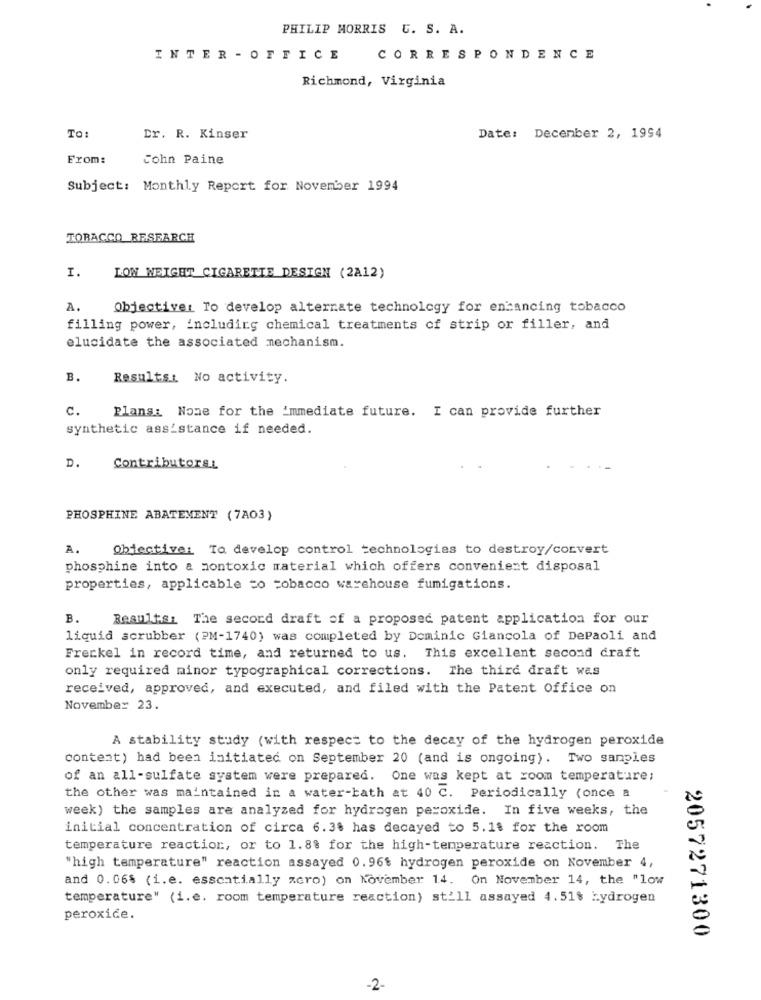
PHILIP MORRIS C. S. A.
INTER - OFFICE CORRESPONDENCE
Richmond, Virginia
To:
Dr. R. Kinser
Date: December 2, 1994
From:
John Paine
Subject: Monthly Report for November 1994
TOBACCO RESEARCH
I.
LON NEIGHT CIGARETTE DESIGN (2A12)
A.
Objectiver To develop alternate technology for enhancing tobacco
filling power, including chemical treatments of strip or filler, and
elucidate the associated mechanism.
B.
Results: No activity.
c.
Plans: Nome for the immediate future. I can provide further
synthetic assistance if needed.
D.
ContributorsL
PHOSPHINE ABATEMENT (7A03)
Objective: To develop control technologies to destroy/convert
A.
phosphine into a nontoxic material which offers convenient disposal
properties, applicable to tobacco warehouse fumigations.
B.
Resultsi The second draft of a proposed patent application for our
liquid scrubber (PM-1740) was completed by Dominic Giancola of DePaoli and
Freckel in record time, and returned to us. This excellent second draft
only required minor typographical corrections. The third draft was
received, approved, and executed, and filed with the Patent Office on
November 23.
A stability study (with respect to the decay of the hydrogen peroxide
content) had been initiated on September 20 (and is ongoing). Two samples
of an all-sulfate system were prepared. One was kept at room temperature;
the other was maintained in a water-bath at 40 C. Periodically (once a
week) the samples are analyzed for hydrogen peroxide. In five weeks, the
initial concentration of circa 6.38 has decayed to 5.18 for the room
temperature reaction, or to 1.8% for the high-temperature reaction. The
"high temperature" reaction assayed 0.96% hydrogen peroxide on November 4,
and 0.06% (i.e. essentially zero) on November 14. On November 14, the "low
temperature" (i.e. room temperature reaction) still assayed 4.51$ Łydrogen
peroxide.
2057271300
-2-